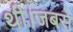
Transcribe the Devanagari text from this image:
थी।जबसे